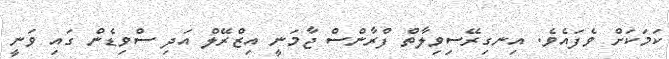
ކަމަކަށް ވެފައެވެ. އިނގިރޭސިވިލާތް ފްރާންސް ޖާމަނީ އިޒްރޭލް އަދި ސްވިޑެން ގައި ވަނީ